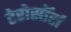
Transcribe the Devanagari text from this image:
टेरोसॉर्स